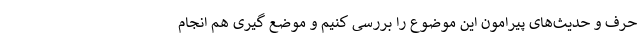
حرف و حدیث‌های پیرامون این موضوع را بررسی کنیم و موضع گیری هم انجام